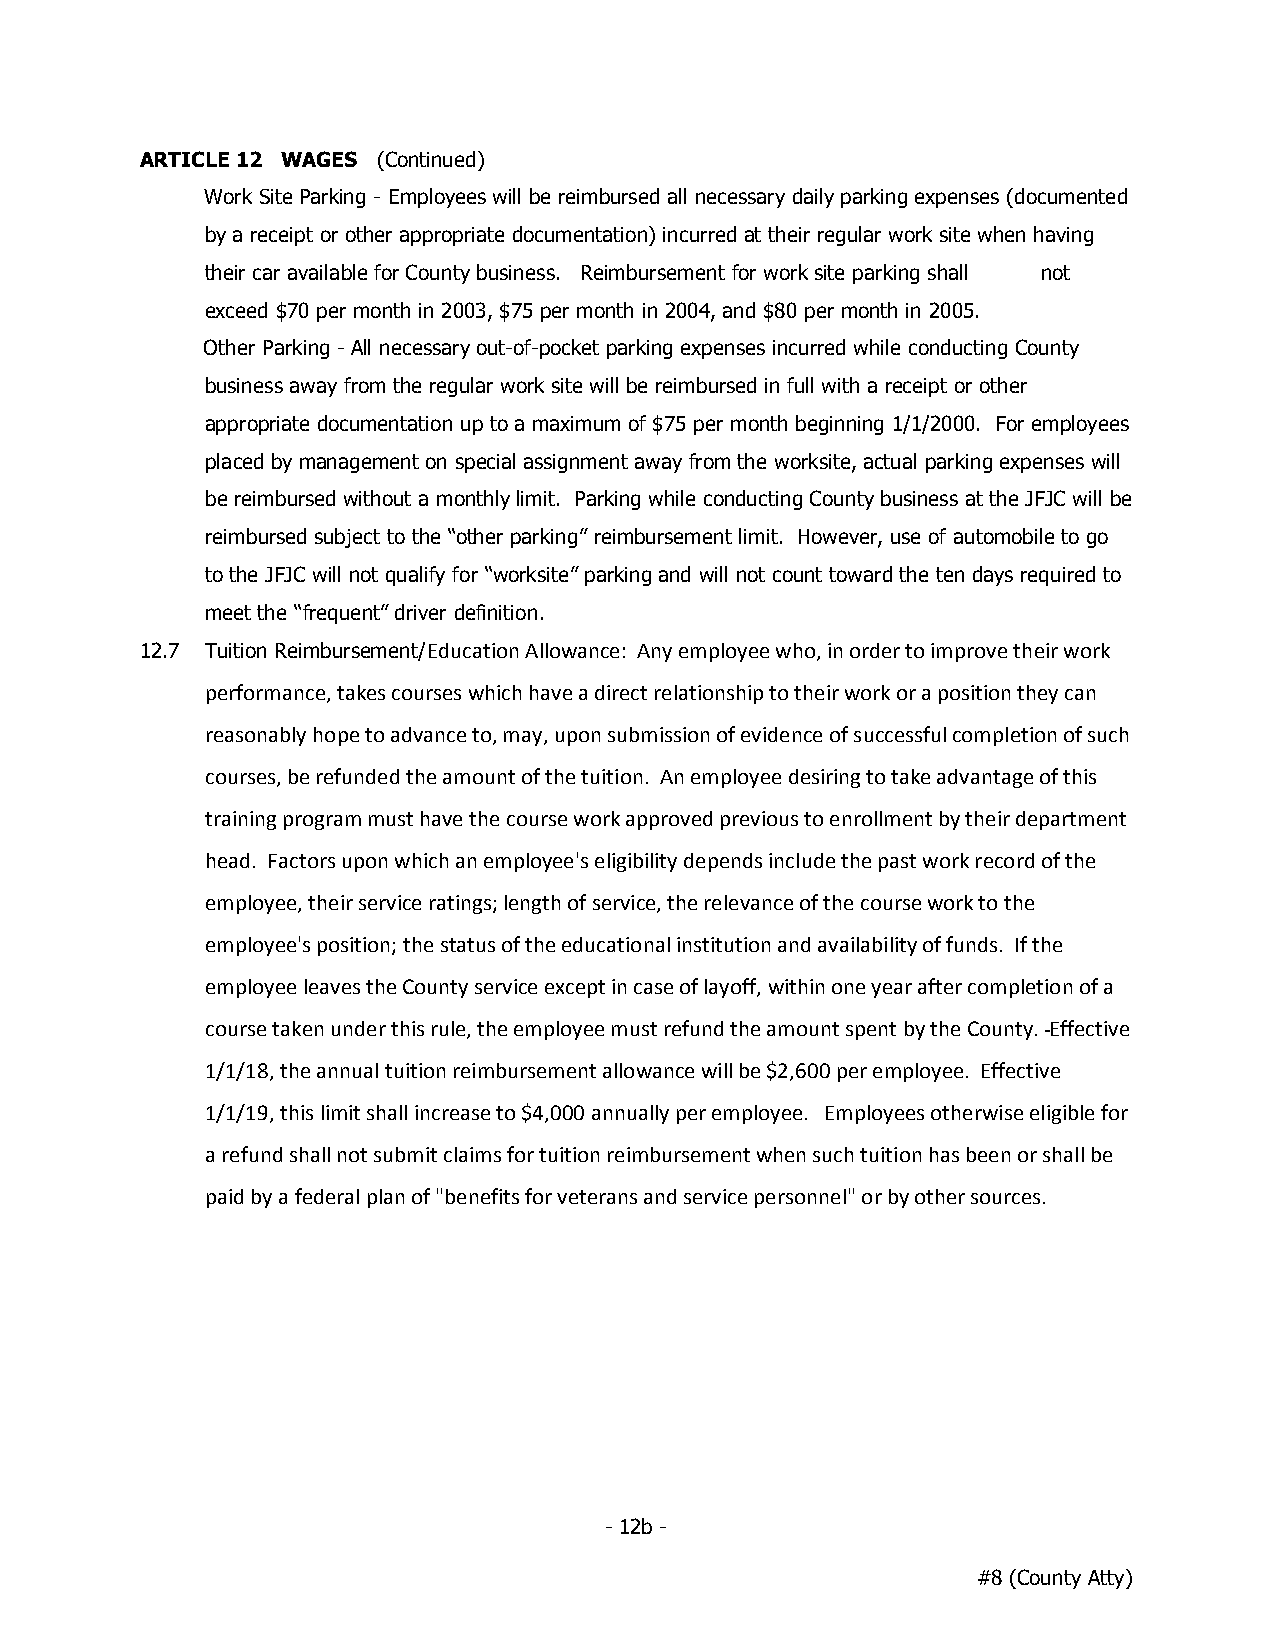
ARTICLE 12 WAGES (Continued)
 Work Site Parking - Employees will be reimbursed all necessary daily parking expenses (documented
 by a receipt or other appropriate documentation) incurred at their regular work site when having
 their car available for County business. Reimbursement for work site parking shall not
 exceed $70 per month in 2003, $75 per month in 2004, and $80 per month in 2005.
 Other Parking - All necessary out-of-pocket parking expenses incurred while conducting County
 business away from the regular work site will be reimbursed in full with a receipt or other
 appropriate documentation up to a maximum of $75 per month beginning 1/1/2000. For employees
 placed by management on special assignment away from the worksite, actual parking expenses will
 be reimbursed without a monthly limit. Parking while conducting County business at the JFJC will be
 reimbursed subject to the “other parking” reimbursement limit. However, use of automobile to go
 to the JFJC will not qualify for “worksite” parking and will not count toward the ten days required to
 meet the “frequent” driver definition.
 12.7 Tuition Reimbursement/Education Allowance: Any employee who, in order to improve their work
 performance, takes courses which have a direct relationship to their work or a position they can
 reasonably hope to advance to, may, upon submission of evidence of successful completion of such
 courses, be refunded the amount of the tuition. An employee desiring to take advantage of this
 training program must have the course work approved previous to enrollment by their department
 head. Factors upon which an employee's eligibility depends include the past work record of the
 employee, their service ratings; length of service, the relevance of the course work to the
 employee's position; the status of the educational institution and availability of funds. If the
 employee leaves the County service except in case of layoff, within one year after completion of a
 course taken under this rule, the employee must refund the amount spent by the County. Effective
 1/1/18, the annual tuition reimbursement allowance will be $2,600 per employee. Effective
 1/1/19, this limit shall increase to $4,000 annually per employee. Employees otherwise eligible for
 a refund shall not submit claims for tuition reimbursement when such tuition has been or shall be
 paid by a federal plan of "benefits for veterans and service personnel" or by other sources.
 - 12b -
 #8 (County Atty)